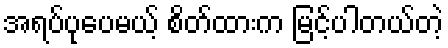
အရပ်ပုပေမယ့် စိတ်ထားက မြင့်ပါတယ်တဲ့